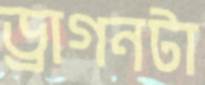
ড্রাগনটা